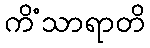
ကိံသာရာတိ